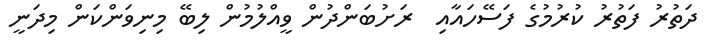
ދަތުރު ފަތުރު ކުރުމުގެ ފަސޭހައާއި  ރަށުބަންދުން ވީއްލުމުން ލިބޭ މިނިވަންކަން މިދަނީ